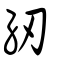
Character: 紉